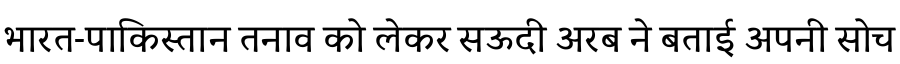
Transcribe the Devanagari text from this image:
भारत-पाकिस्तान तनाव को लेकर सऊदी अरब ने बताई अपनी सोच